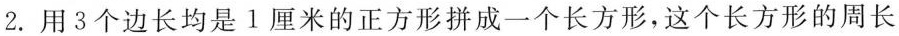
2.用3个边长均是1厘米的正方形拼成一个长方形，这个长方形的周长